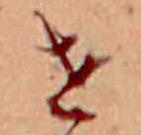
せ